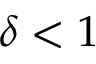
\delta < 1